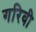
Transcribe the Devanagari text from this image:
गरिवी